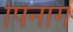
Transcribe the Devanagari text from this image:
पिनाग